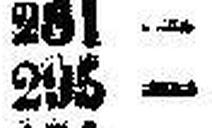
295 —